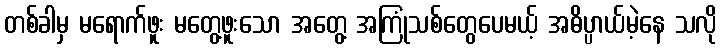
တစ်ခါမှ မရောက်ဖူး မတွေ့ဖူးသော အတွေ့ အကြုံသစ်တွေပေမယ့် အဓိပ္ပာယ်မဲ့နေ သလို